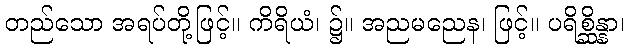
တည်သော အရပ်တို့ဖြင့်။ ကိရိယံ၊ ၌။ အညမညေန၊ ဖြင့်။ ပရိစ္ဆိန္နာ၊